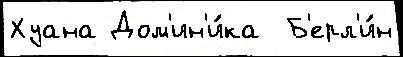
Хуана Дом'ин'и́ка  Б'ерл'и́н